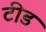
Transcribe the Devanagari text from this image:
टीड